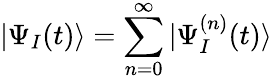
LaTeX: |\Psi_{I}(t)\rangle=\sum_{n=0}^{\infty}|\Psi_{I}^{(n)}(t)\rangle